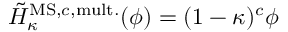
\tilde { H } _ { \kappa } ^ { \mathrm { M S , } c \mathrm { , m u l t . } } ( \phi ) = ( 1 - \kappa ) ^ { c } \phi